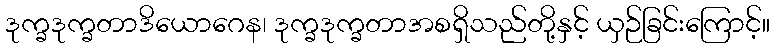
ဒုက္ခဒုက္ခတာဒိယောဂေန၊ ဒုက္ခဒုက္ခတာအစရှိသည်တို့နှင့် ယှဉ်ခြင်းကြောင့်။